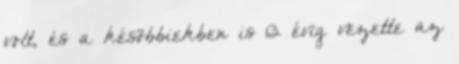
volt, és a késõbbiekben is 13 évig vezette az